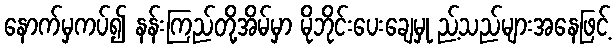
နောက်မှကပ်၍ နန်းကြည်တို့အိမ်မှာ မိုဘိုင်းပေးချေမှု ည့်သည်များအနေဖြင့်